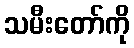
သမီးတော်ကို